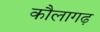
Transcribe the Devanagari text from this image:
कौलागढ़